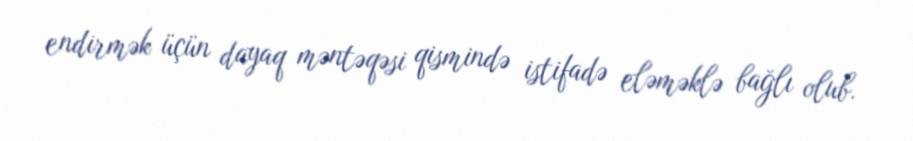
endirmək üçün dayaq məntəqəsi qismində istifadə eləməklə bağlı olub.